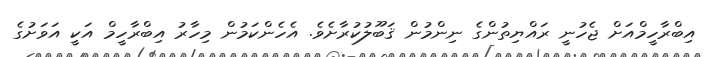
އިބްރާހީމްއަށް ޖެހުނީ ރައްޔިތުންގެ ނިންމުން ޤަބޫލުކުރާށެވެ. އެހެންކަމުން މިހާރު އިބްރާހީމް އަކީ އަވަށުގެ